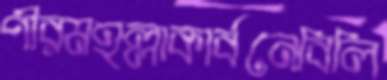
পীরমহল্লাকার্বনেবিলি